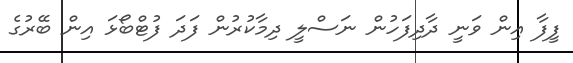
ފީފާ އިން ވަނީ ދާދިފަހުން ނަސްލީ ދިމާކުރުން ފަދަ ފުޓްބޯޅަ އިން ބޭރުގެ